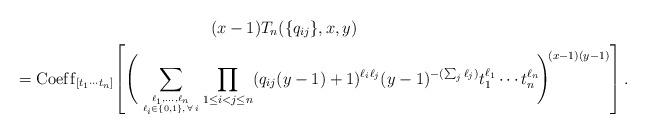
LaTeX: \begin{gather*}(x-1) T_n(\{q_{ij} \},x,y)\\{}= {\rm Coef\/f}_{[t_1 \cdots t_n]} \! \left[\Bigg( \sum_{\ell_1,\ldots,\ell_n\atop \ell_i \in \{0,1 \}, \, \forall\, i} \prod_{1 \le i < j \le n}(q_{ij} (y-1)+1)^{\ell_i \ell_j} (y-1)^{- (\sum_{j} \ell_{j})} t_1^{\ell_{1}} \cdots t_n^{\ell_{n}} \!\Bigg)^{\!(x-1)(y-1)} \right] .\end{gather*}